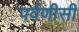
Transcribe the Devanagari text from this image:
पर्वणीसी